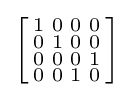
\left[{\begin{smallmatrix}1&0&0&0\\0&1&0&0\\0&0&0&1\\0&0&1&0\\\end{smallmatrix}}\right]